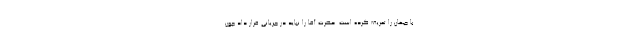
با جهان را تعریف کرده است. حضرت آقا را نباید در جریانی قرار داد چون